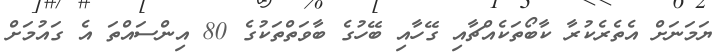
ޔަމަނަށް އެތެރެކުރާ ކާބޯތަކެއްޗާއި ގޭހާއި ބޭހުގެ ބާވަތްތަކުގެ 80 އިންސައްތަ އެ ގައުމަށް